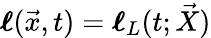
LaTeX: \boldsymbol{\mathbf{\ell}}(\vec{x},t)=\boldsymbol{\mathbf{\ell}}_{L}(t;\vec{X})